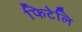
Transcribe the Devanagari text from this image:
फिटेलि